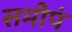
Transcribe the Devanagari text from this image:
समीपं